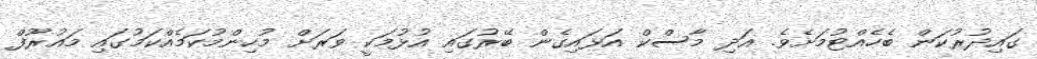
ގައިދުރުކަން ބެހެއްޓުމަށެވެ. އަދި މާސްކް އަޅައިގެން ބޭރުގައި އުޅުމަކީ ވަރަށް މުހިންމުކަމެއްކަމުގައި މައުރޫފް